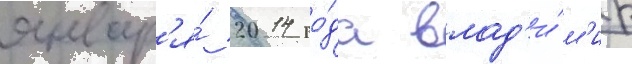
январ'я́ 2014 го́да влад'и́м'ир